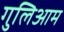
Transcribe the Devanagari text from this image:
गुलिआम